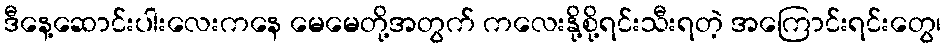
ဒီနေ့ဆောင်းပါးလေးကနေ မေမေတို့အတွက် ကလေးနို့စို့ရင်းသီးရတဲ့ အကြောင်းရင်းတွေ၊